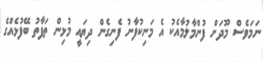
ނަމަވެސް މޫދަށް ފުންމާލުމާއެކު އެ މަނިކުފާނު ފެނިގެން ދިޔައީ މުޅިން ތަފާތު ބޭފުޅެއްގެ